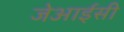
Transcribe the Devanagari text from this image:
जेआईसी